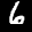
Label: 6